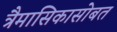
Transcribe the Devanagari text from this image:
त्रैमासिकासोबत